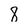
Character: 8